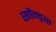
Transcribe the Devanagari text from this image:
सौन्ड्स